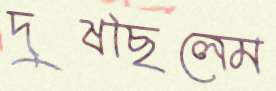
দুষছিলেম